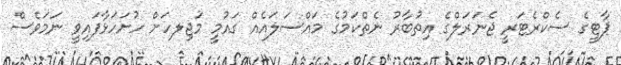
ޕާޓީގެ ސެކްރެޓަރީ ޖެނަރަލްގެ އިތުބާރު ނެތްކަމުގެ މައްސަލައެއް ގައުމީ މަޖިލހަށް ހުށަހަޅާފައިވީ ނަމަވެސް